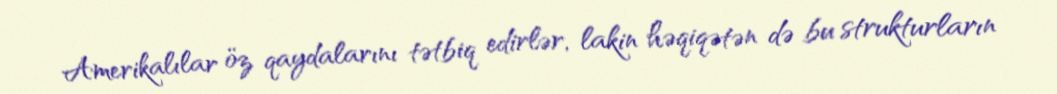
Amerikalılar öz qaydalarını tətbiq edirlər, lakin həqiqətən də bu strukturların